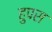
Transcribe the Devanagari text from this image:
हुपस